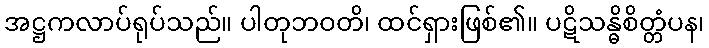
အဋ္ဌကလာပ်ရုပ်သည်။ ပါတုဘဝတိ၊ ထင်ရှားဖြစ်၏။ ပဋိသန္ဓိစိတ္တံပန၊